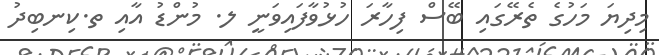
މިދިޔަ މަހުގެ ތެރޭގައި ބޭސް ފިހާރަ ހުޅުވާފައިވަނީ ލ. މުންޑު އާއި ތ.ކިނބިދު